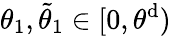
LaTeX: \theta_{1},\tilde{\theta}_{1}\in[0,\theta^{\mathrm{d}})